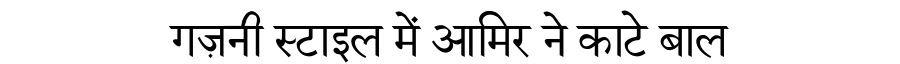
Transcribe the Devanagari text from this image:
गज़नी स्टाइल में आमिर ने काटे बाल